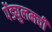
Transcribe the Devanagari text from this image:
पेंड्युलमची